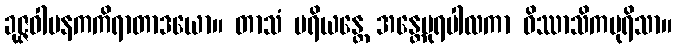
ခုဇ္ဇဝါမနကကိရာတာဒယော။ တာသံ ပရိယန္တေ အန္တေပုရပါလကာ ဝိဿာသိကပုရိသာ။